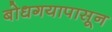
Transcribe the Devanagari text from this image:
बोधगयापासून